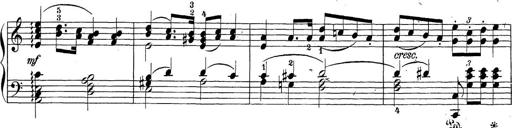
Title: Sonatina Album
Composer: Louis KÃ¶hler